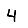
Digit: 4